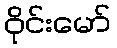
ဝိုင်းမော်